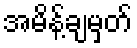
အမိန့်ချမှတ်